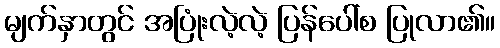
မျက်နှာတွင် အပြုံးလဲ့လဲ့ ပြန်ပေါ်စ ပြုလာ၏။